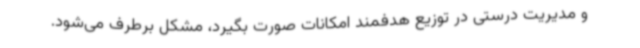
و مدیریت درستی در توزیع هدفمند امکانات صورت بگیرد، مشکل برطرف می‌شود.